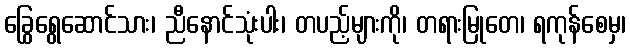
ခြွေရွေဆောင်သား၊ ညီနောင်သုံးပါး၊ တပည့်များကို၊ တရားမြုတေ၊ ရကုန်စေမှ၊